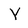
Character: Y